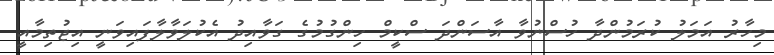
މިހާރު އަމަލު ކުރަމުންދާ ހުސްނުވާ އާސަންދަ ސްކީމް ހިންގުމުގެ ގަވާއިދު އެކުލަވާލާފައިވަނީ އިޖުތިމާއީ